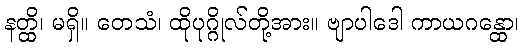
နတ္ထိ၊ မရှိ။ တေသံ၊ ထိုပုဂ္ဂိုလ်တို့အား။ ဗျာပါဒေါ ကာယဂန္ထော၊